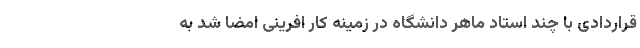
قراردادی با چند استاد ماهر دانشگاه در زمینه کار افرینی امضا شد به